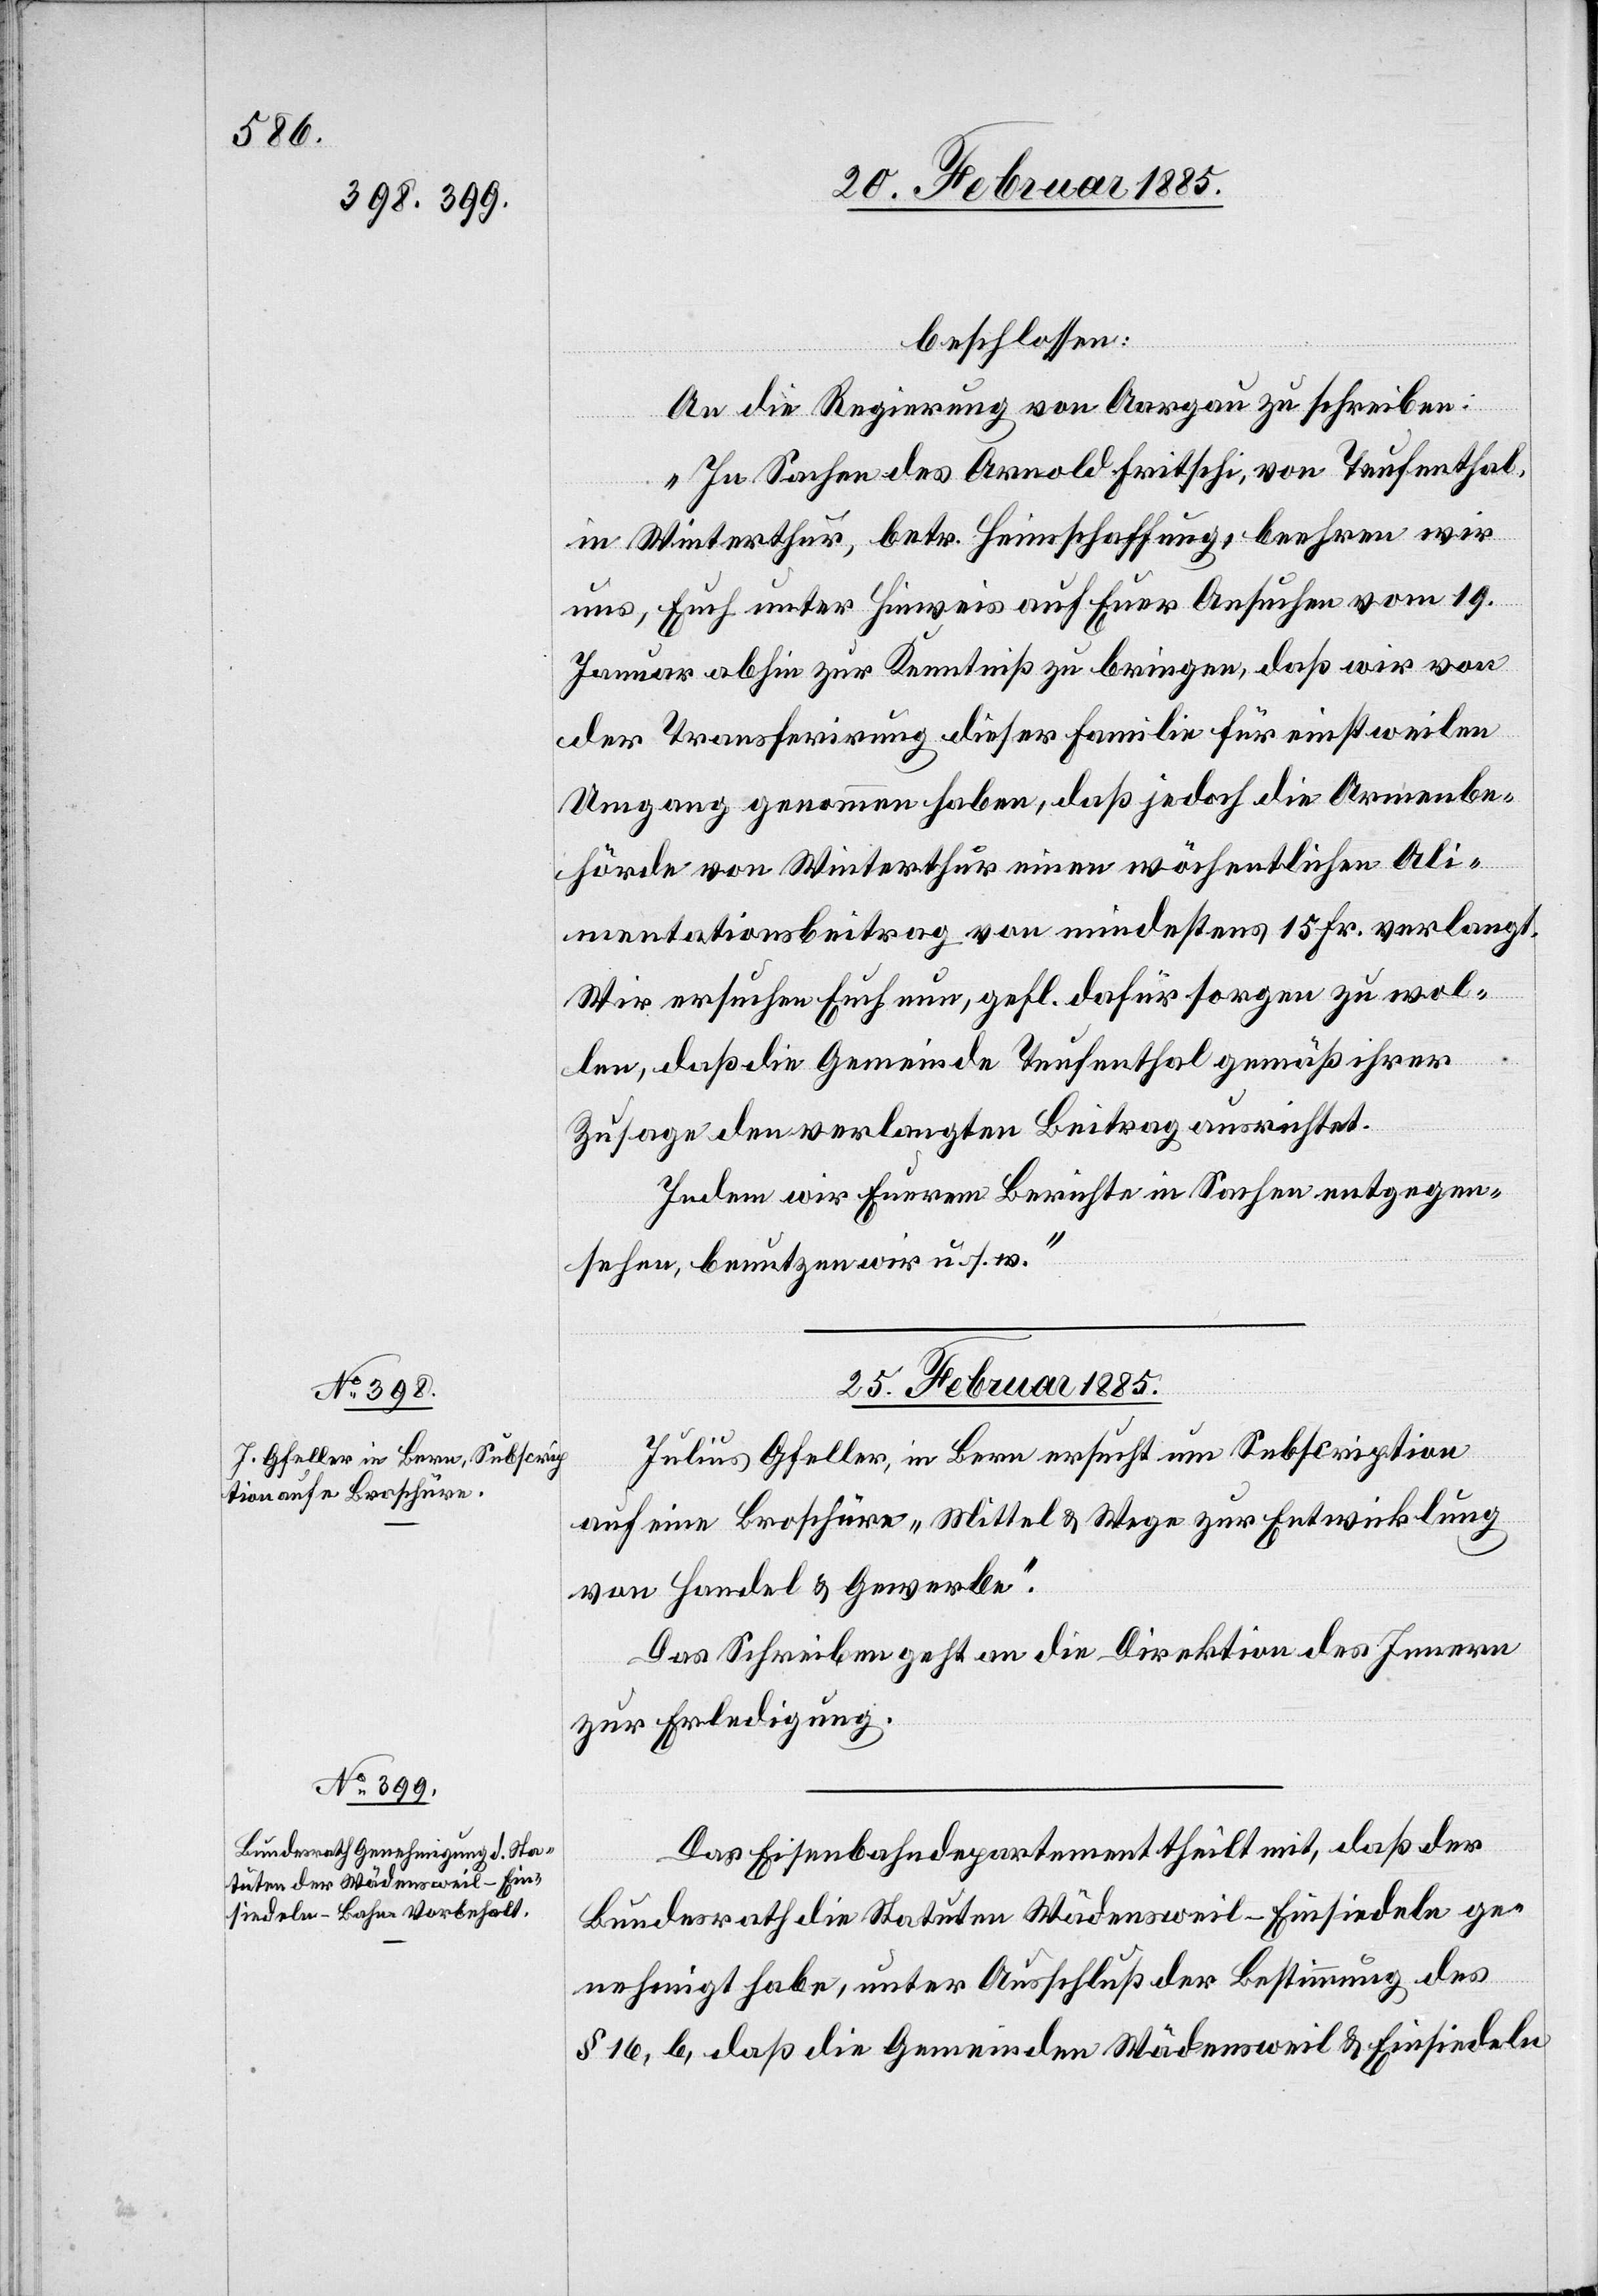
beschlossen:
An die Regierung von Aargau zu schreiben:
„In Sachen des Arnold Fritschi, von Teufenthal,
in Winterthur, betr. Heimschaffung, beehren wir
uns, Euch unter Hinweis auf Eurer Ansuchen vom 19.
Januar abhin zur Kenntniß zu bringen, daß wir von
der Transferirung dieser Familie für einstweilen
Umgang genommen haben, daß jedoch die Armenbe¬
hörde von Winterthur einen wöchentlichen Ali¬
mentationsbeitrag von mindestens 15 Fr. verlangt.
Wir ersuchen Euch nun, gefl. dafür sorgen zu wol¬
len, daß die Gemeinde Teufenthal gemäß ihrer
Zusage den verlangten Beitrag ausrichtet.
Indem wir Euerem Berichte in Sachen entgegen¬
sehen, benutzen wir u. s. w.“
25. Februar 1885.]
Julius Gfeller, in Bern ersucht um Subscription
auf eine Broschüre „Mittel & Wege zur Entwicklung
von Handel & Gewerbe“.
Das Schreiben geht an die Direktion des Innern
zur Erledigung.
Das Eisenbahndepartement theilt mit, daß der
Bundesrath die Statuten Wädensweil–Einsiedeln ge¬
nehmigt habe, unter Ausschluß der Bestimmung des
§ 16, b, daß die Gemeinden Wädensweil & Einsiedeln